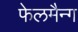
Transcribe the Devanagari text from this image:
फेलमैन्ग